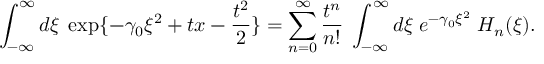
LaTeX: \int _ { - \infty } ^ { \infty } d \xi \; \exp \{ - \gamma _ { 0 } \xi ^ { 2 } + t x - { \frac { t ^ { 2 } } { 2 } } \} = \sum _ { n = 0 } ^ { \infty } { \frac { t ^ { n } } { n ! } } \; \int _ { - \infty } ^ { \infty } d \xi \; e ^ { - \gamma _ { 0 } \xi ^ { 2 } } \; H _ { n } ( \xi ) .